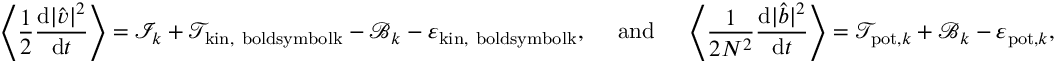
\left\langle \frac { 1 } { 2 } \frac { \mathrm { d } | \hat { \boldsymbol { v } } | ^ { 2 } } { \mathrm { d } t } \right\rangle = \mathcal { I } _ { \boldsymbol { k } } + \mathcal { T } _ { \mathrm { k i n , \ b o l d s y m b o l { k } } } - \mathcal { B } _ { \boldsymbol { k } } - \varepsilon _ { \mathrm { k i n , \ b o l d s y m b o l { k } } } , ~ ~ ~ ~ \mathrm { a n d } ~ ~ ~ ~ \left\langle \frac { 1 } { 2 N ^ { 2 } } \frac { \mathrm { d } | \hat { b } | ^ { 2 } } { \mathrm { d } t } \right\rangle = \mathcal { T } _ { \mathrm { p o t } , \boldsymbol { k } } + \mathcal { B } _ { \boldsymbol { k } } - \varepsilon _ { \mathrm { p o t } , \boldsymbol { k } } ,